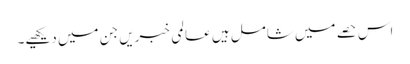
اس حصے میں شامل ہیں عالمی خبریں جن میں دیکھیے۔